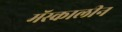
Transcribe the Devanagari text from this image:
मॅस्कालीन